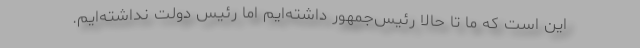
این است که ما تا حالا رئیس‌جمهور داشته‌ایم امّا رئیس دولت نداشته‌ایم.